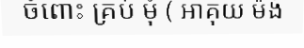
ចំពោះ គ្រប់ មុំ ( អាគុយ ម៉ង់